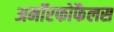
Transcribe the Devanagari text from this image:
अमॉरफोफैलस